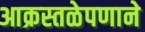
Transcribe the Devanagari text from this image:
आक्रस्तळेपणाने